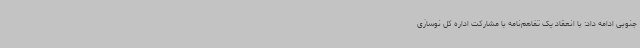
جنوبی ادامه داد: با انعقاد یک تفاهم‌نامه با مشارکت اداره کل نوسازی